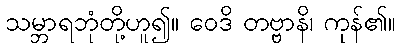
သမ္ဘာရဘုံတို့ဟူ၍။ ဝေဒိ တဗ္ဗာနိ၊ ကုန်၏။